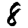
Digit: 8